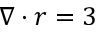
\nabla \cdot r = 3